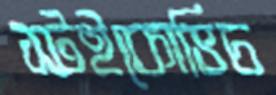
স্টইকোভিচ